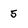
Character: 5